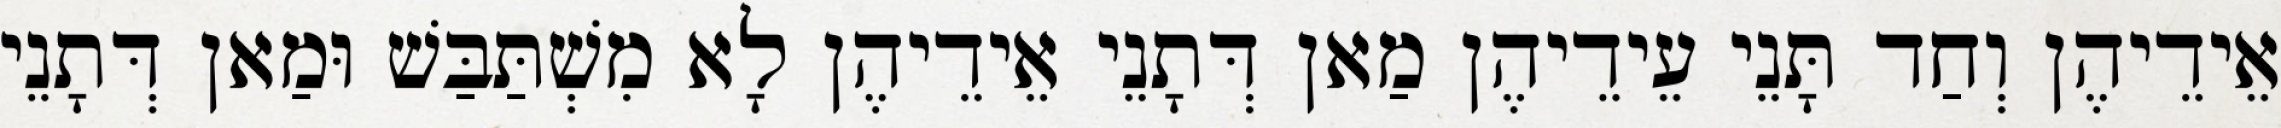
אֵידֵיהֶן וְחַד תָּנֵי עֵידֵיהֶן מַאן דְּתָנֵי אֵידֵיהֶן לָא מִשְׁתַּבַּשׁ וּמַאן דְּתָנֵי